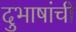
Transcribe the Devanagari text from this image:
दुभाषांची